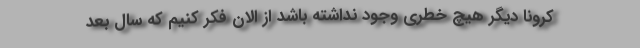
کرونا دیگر هیچ خطری وجود نداشته باشد از الان فکر کنیم که سال بعد